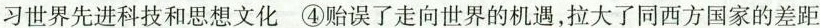
习世界先进科技和思想文化 ④贻误了走向世界的机遇，拉大了同西方国家的差距